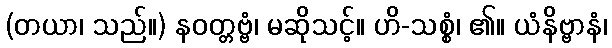
(တယာ၊ သည်။) နဝတ္တဗ္ဗံ၊ မဆိုသင့်။ ဟိ-သစ္စံ၊ ၏။ ယံနိဗ္ဗာနံ၊